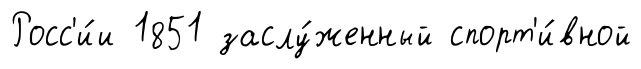
Росс'и́и 1851 заслу́женный спорт'и́вной